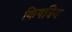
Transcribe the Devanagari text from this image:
किषत्रिय